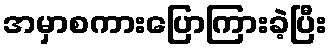
အမှာစကားပြောကြားခဲ့ပြီး